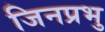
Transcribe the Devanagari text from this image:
जिनप्रभु